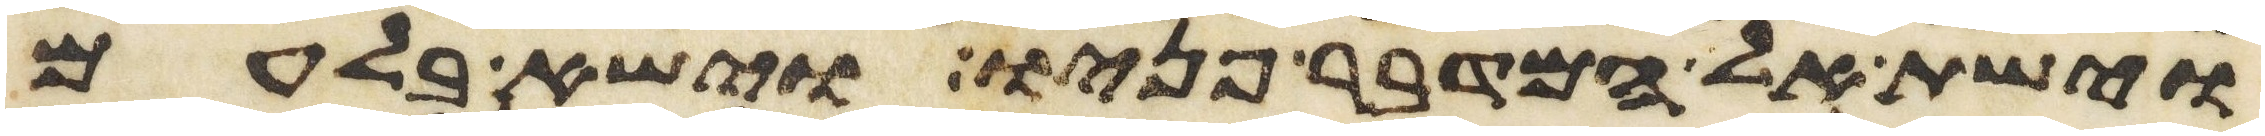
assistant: וישת אל המדבר פניו וישא בלעם